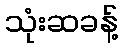
သုံးဆခန့်